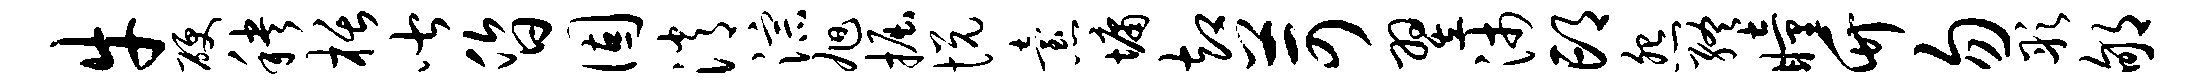
牛硬秧栝皆昏固消淙旭掘悦怠墉却苛翌沛邙怨终瞳竹勿彤郇